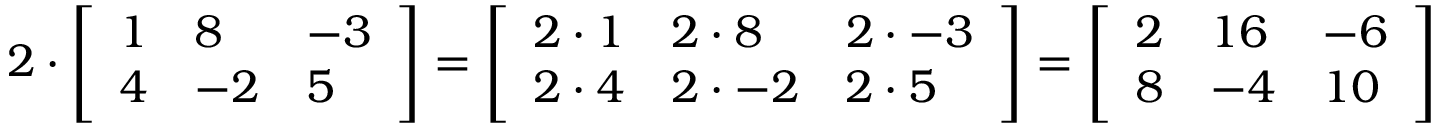
2 \cdot { \left[ \begin{array} { l l l } { 1 } & { 8 } & { - 3 } \\ { 4 } & { - 2 } & { 5 } \end{array} \right] } = { \left[ \begin{array} { l l l } { 2 \cdot 1 } & { 2 \cdot 8 } & { 2 \cdot - 3 } \\ { 2 \cdot 4 } & { 2 \cdot - 2 } & { 2 \cdot 5 } \end{array} \right] } = { \left[ \begin{array} { l l l } { 2 } & { 1 6 } & { - 6 } \\ { 8 } & { - 4 } & { 1 0 } \end{array} \right] }